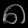
Digit: ၈